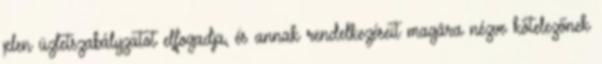
jelen üzletszabályzatot elfogadja, és annak rendelkezéseit magára nézve kötelezőnek